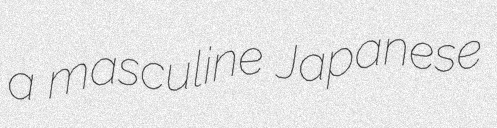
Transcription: a masculine Japanese